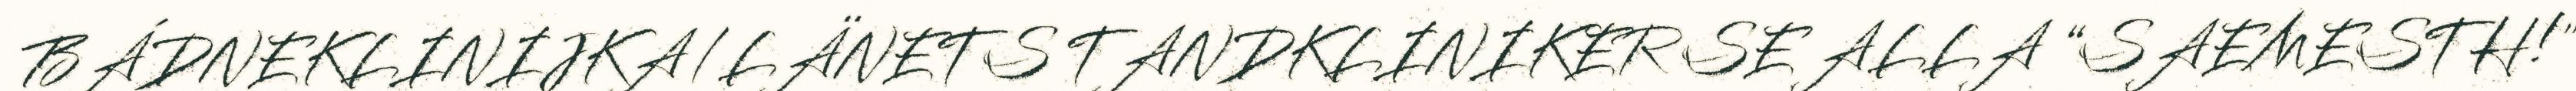
BÁDNEKLINIJKA/LÄNETS TANDKLINIKER SE ALLA “SAEMESTH!"